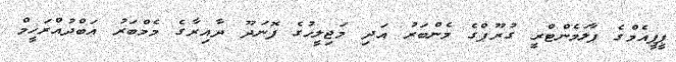
ޕީޕީއެމްގެ ޕާލަމެންޓްރީ ގުރޫޕްގެ މެންބަރު އަދި މަޖިލީހުގެ ފޮނަދޫ ދާއިރާގެ މެމްބަރު އަބްދުއްރަހީމް